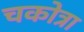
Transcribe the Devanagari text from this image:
चकोत्रा